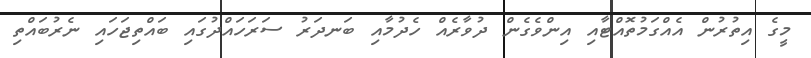
މީގެ އިތުރުން އެއްގަމުތޮއްޓާއި އިންވެގެން ދުވާރެއް ހެދުމާއި ބަނދަރު ސަރަހައްދުގައި ބައްތިޖަހައި ނެރުބައްތި